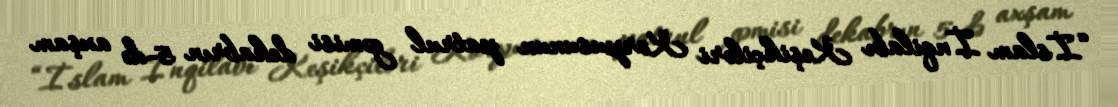
“İslam İnqilabı Keşikçiləri Korpusunun patrul gəmisi dekabrın 5-də axşam